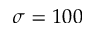
\sigma = 1 0 0